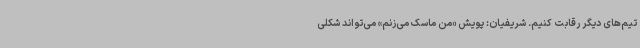
تیم‌های دیگر رقابت کنیم. شریفیان: پویش «من ماسک می‌زنم» می‌تواند شکلی